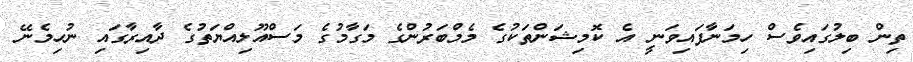
ތިން ބިލުގައިވެސް ހިމަނާފައިވަނީ އެ ކޮމިޝަންތަކުގެ މެމްބަރުންގެ މަގާމުގެ މަސްއޫލިއްޔަތުގެ ދާއިރާގައި ނުހިމެނޭ